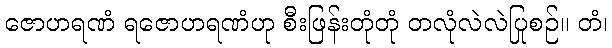
ဇောဟရဏံ ရဇောဟရဏံဟု စီးဖြန်းတုံတုံ တလုံလဲလဲပြုစဉ်။ တံ၊